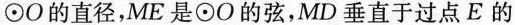
\odotO的直径，ME是\odotO的弦，MD垂直于过点E的